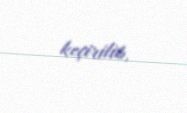
keçirilib.